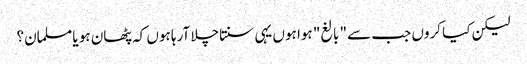
لیکن کیا کروں جب سے" بالغ" ہوا ہوں یہی سنتاچلا آرہا ہوں کہ پٹھان ہو یا مسلمان؟